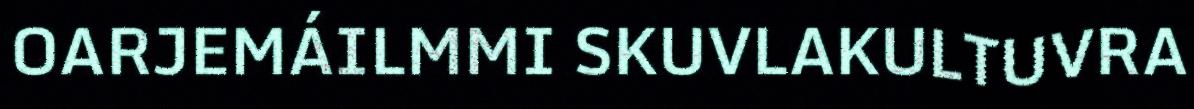
OARJEMÁILMMI SKUVLAKULTUVRA